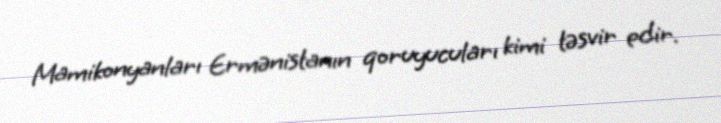
Mamikonyanları Ermənistanın qoruyucuları kimi təsvir edir.